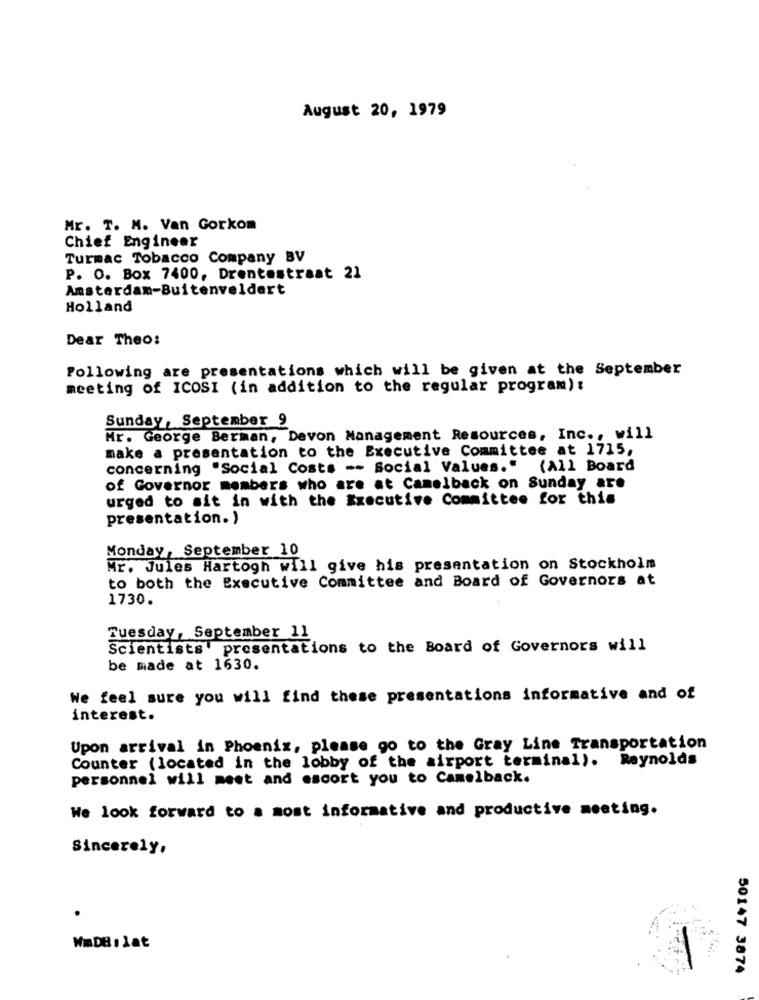
August 20, 1979
Mr. T. M. Van Gorkom
Chief Engineer
Turmac Tobacco Company BV
P. O. Box 7400, Drentestraat 21
Amsterdam-Buitenveldert
Holland
Dear Theo:
Following are presentations which will be given at the September
meeting of ICOSI (in addition to the regular program):
Sunday, September 9
Mr. George Berman, Devon Management Resources, Inc ., will
make a presentation to the Executive Committee at 1715,
concerning "Social Costs -- Social Values." (All Board
of Governor members who are at Camelback on Sunday are
urged to sit in with the Executive Committee for this
presentation. )
Monday, September 10
Mr. Jules Hartogh will give his presentation on Stockholm
to both the Executive Committee and Board of Governors at
1730.
Tuesday, September 11
Scientists presentations to the Board of Governors will
be made at 1630.
We feel sure you will find these presentations informative and of
interest.
Upon arrival in Phoenix, please go to the Gray Line Transportation
Counter (located in the lobby of the airport terminal). Reynolds
personnel will meet and escort you to Camelback.
We look forward to a most informative and productive meeting.
Sincerely,
.
WmDB, lat
50147 3874